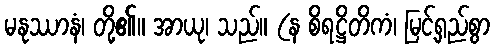
မနုဿာနံ၊ တို့၏။ အာယု၊ သည်။ (န စိရဋ္ဌိတိကံ၊ မြင့်ရှည်စွာ